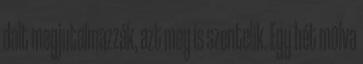
dalt megjutalmazzák, azt meg is szentelik. Egy hét múlva